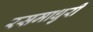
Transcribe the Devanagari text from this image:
रसमाधुरी